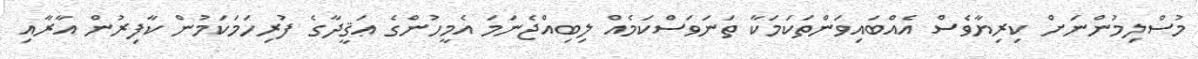
މުސްލިމުންނަށް ކިރިޔާވެސް އެއްބައިވަންތަކަމަކާ ތަނަވަސްކަމެއް ލިބިއްޖެނަމަ އެމީހުންގެ ޢަޤީދާގެ ފުރިހަމަކަމުން ކާފިރުން އާރާއި